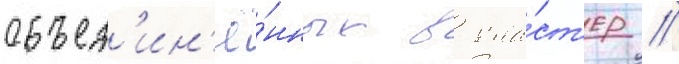
объед'ин'ё́нных в кла́ст'ер //